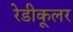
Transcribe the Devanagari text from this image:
रेडीकूलर